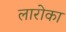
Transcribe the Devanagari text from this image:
लारोका